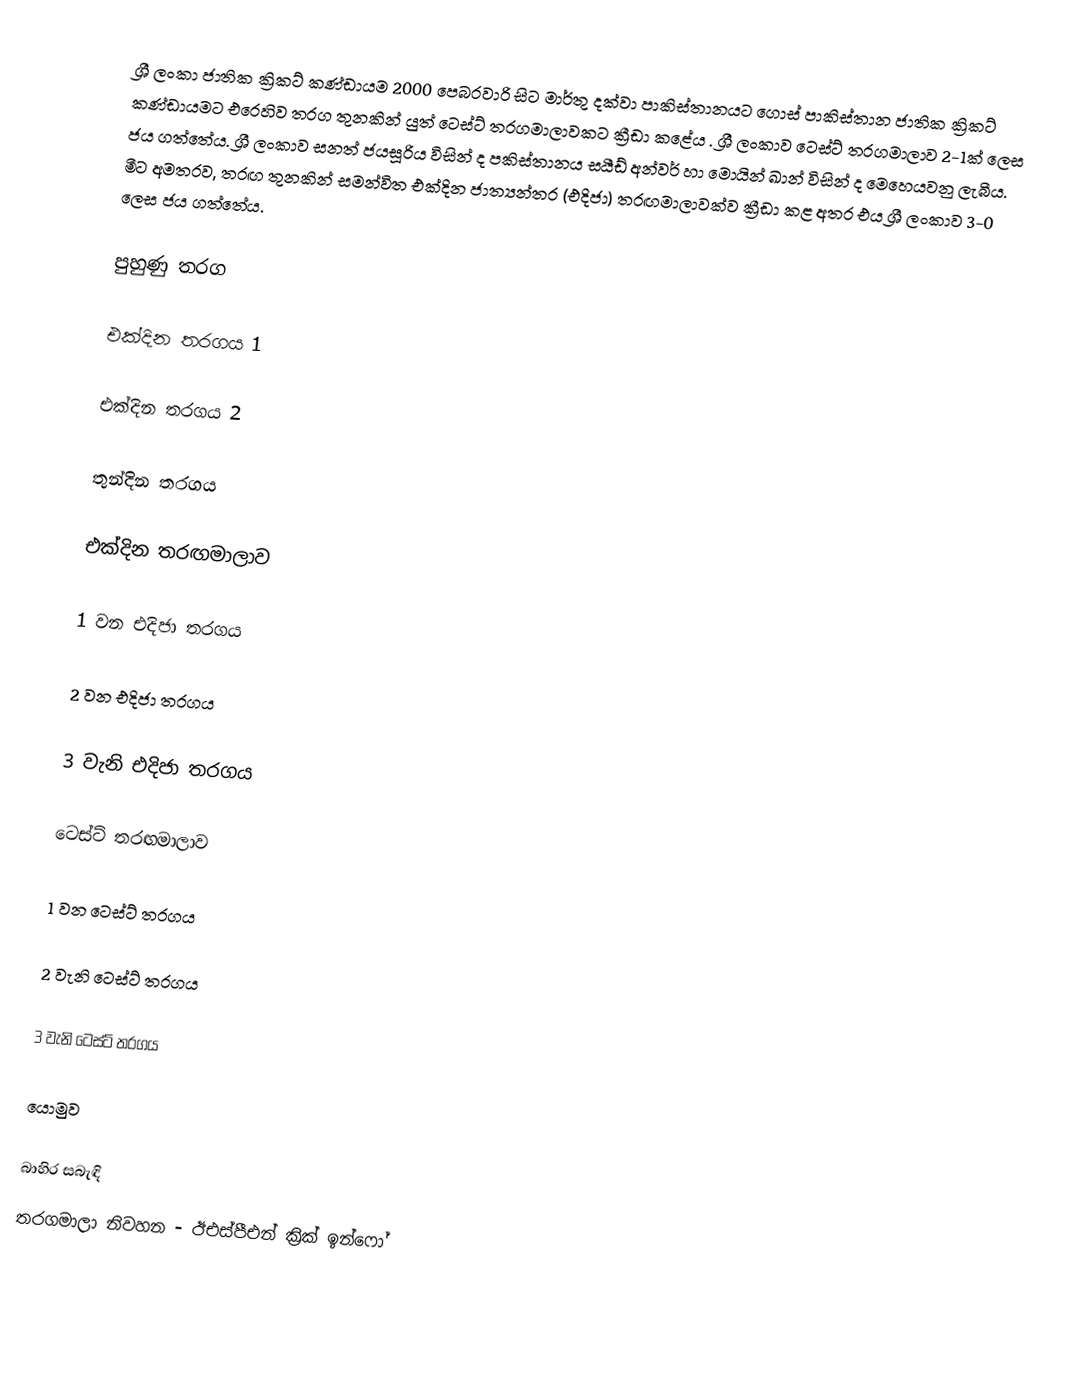
ශ්‍රී ලංකා ජාතික ක්‍රිකට් කණ්ඩායම 2000 පෙබරවාරි සිට මාර්තු දක්වා පාකිස්තානයට ගොස් පාකිස්තාන ජාතික ක්‍රිකට් කණ්ඩායමට එරෙහිව තරග තුනකින් යුත් ටෙස්ට් තරගමාලාවකට ක්‍රීඩා කළේය . ශ්‍රී ලංකාව ටෙස්ට් තරගමාලාව 2-1ක් ලෙස ජය ගත්තේය. ශ්‍රී ලංකාව සනත් ජයසූරිය විසින් ද පකිස්තානය සයීඩ් අන්වර් හා මොයින් ඛාන් විසින් ද මෙහෙයවනු ලැබීය. මීට අමතරව, තරඟ තුනකින් සමන්විත එක්දින ජාත්‍යන්තර (එදිජා) තරඟමාලාවක්ව ක්‍රීඩා කළ අතර එය ශ්‍රී ලංකාව 3-0 ලෙස ජය ගත්තේය.

පුහුණු තරග

එක්දින තරගය 1

එක්දින තරගය 2

තුන්දින තරගය

එක්දින තරඟමාලාව

1 වන එදිජා තරගය

2 වන එදිජා තරගය

3 වැනි එදිජා තරගය

ටෙස්ට් තරඟමාලාව

1 වන ටෙස්ට් තරගය

2 වැනි ටෙස්ට් තරගය

3 වැනි ටෙස්ට් තරගය

යොමුව

බාහිර සබැඳි
තරගමාලා නිවහන - ඊඑස්පීඑන් ක්‍රික් ඉන්ෆෝ